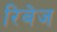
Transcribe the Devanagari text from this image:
रिबेज